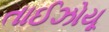
તાઈઝોયૂ